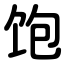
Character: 饱